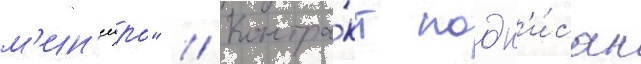
м'ин'еиро" // Контра́кт подп'и́сан